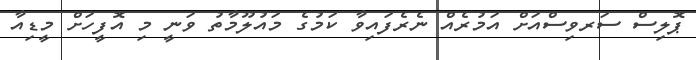
ޕޮލިސް ސަރވިސްއަަށް އަމުރެއް ނެރެފައިވާ ކަމުގެ މައުލޫމާތު ވަނީ މި އޮފީހަށް މީޑިއާ